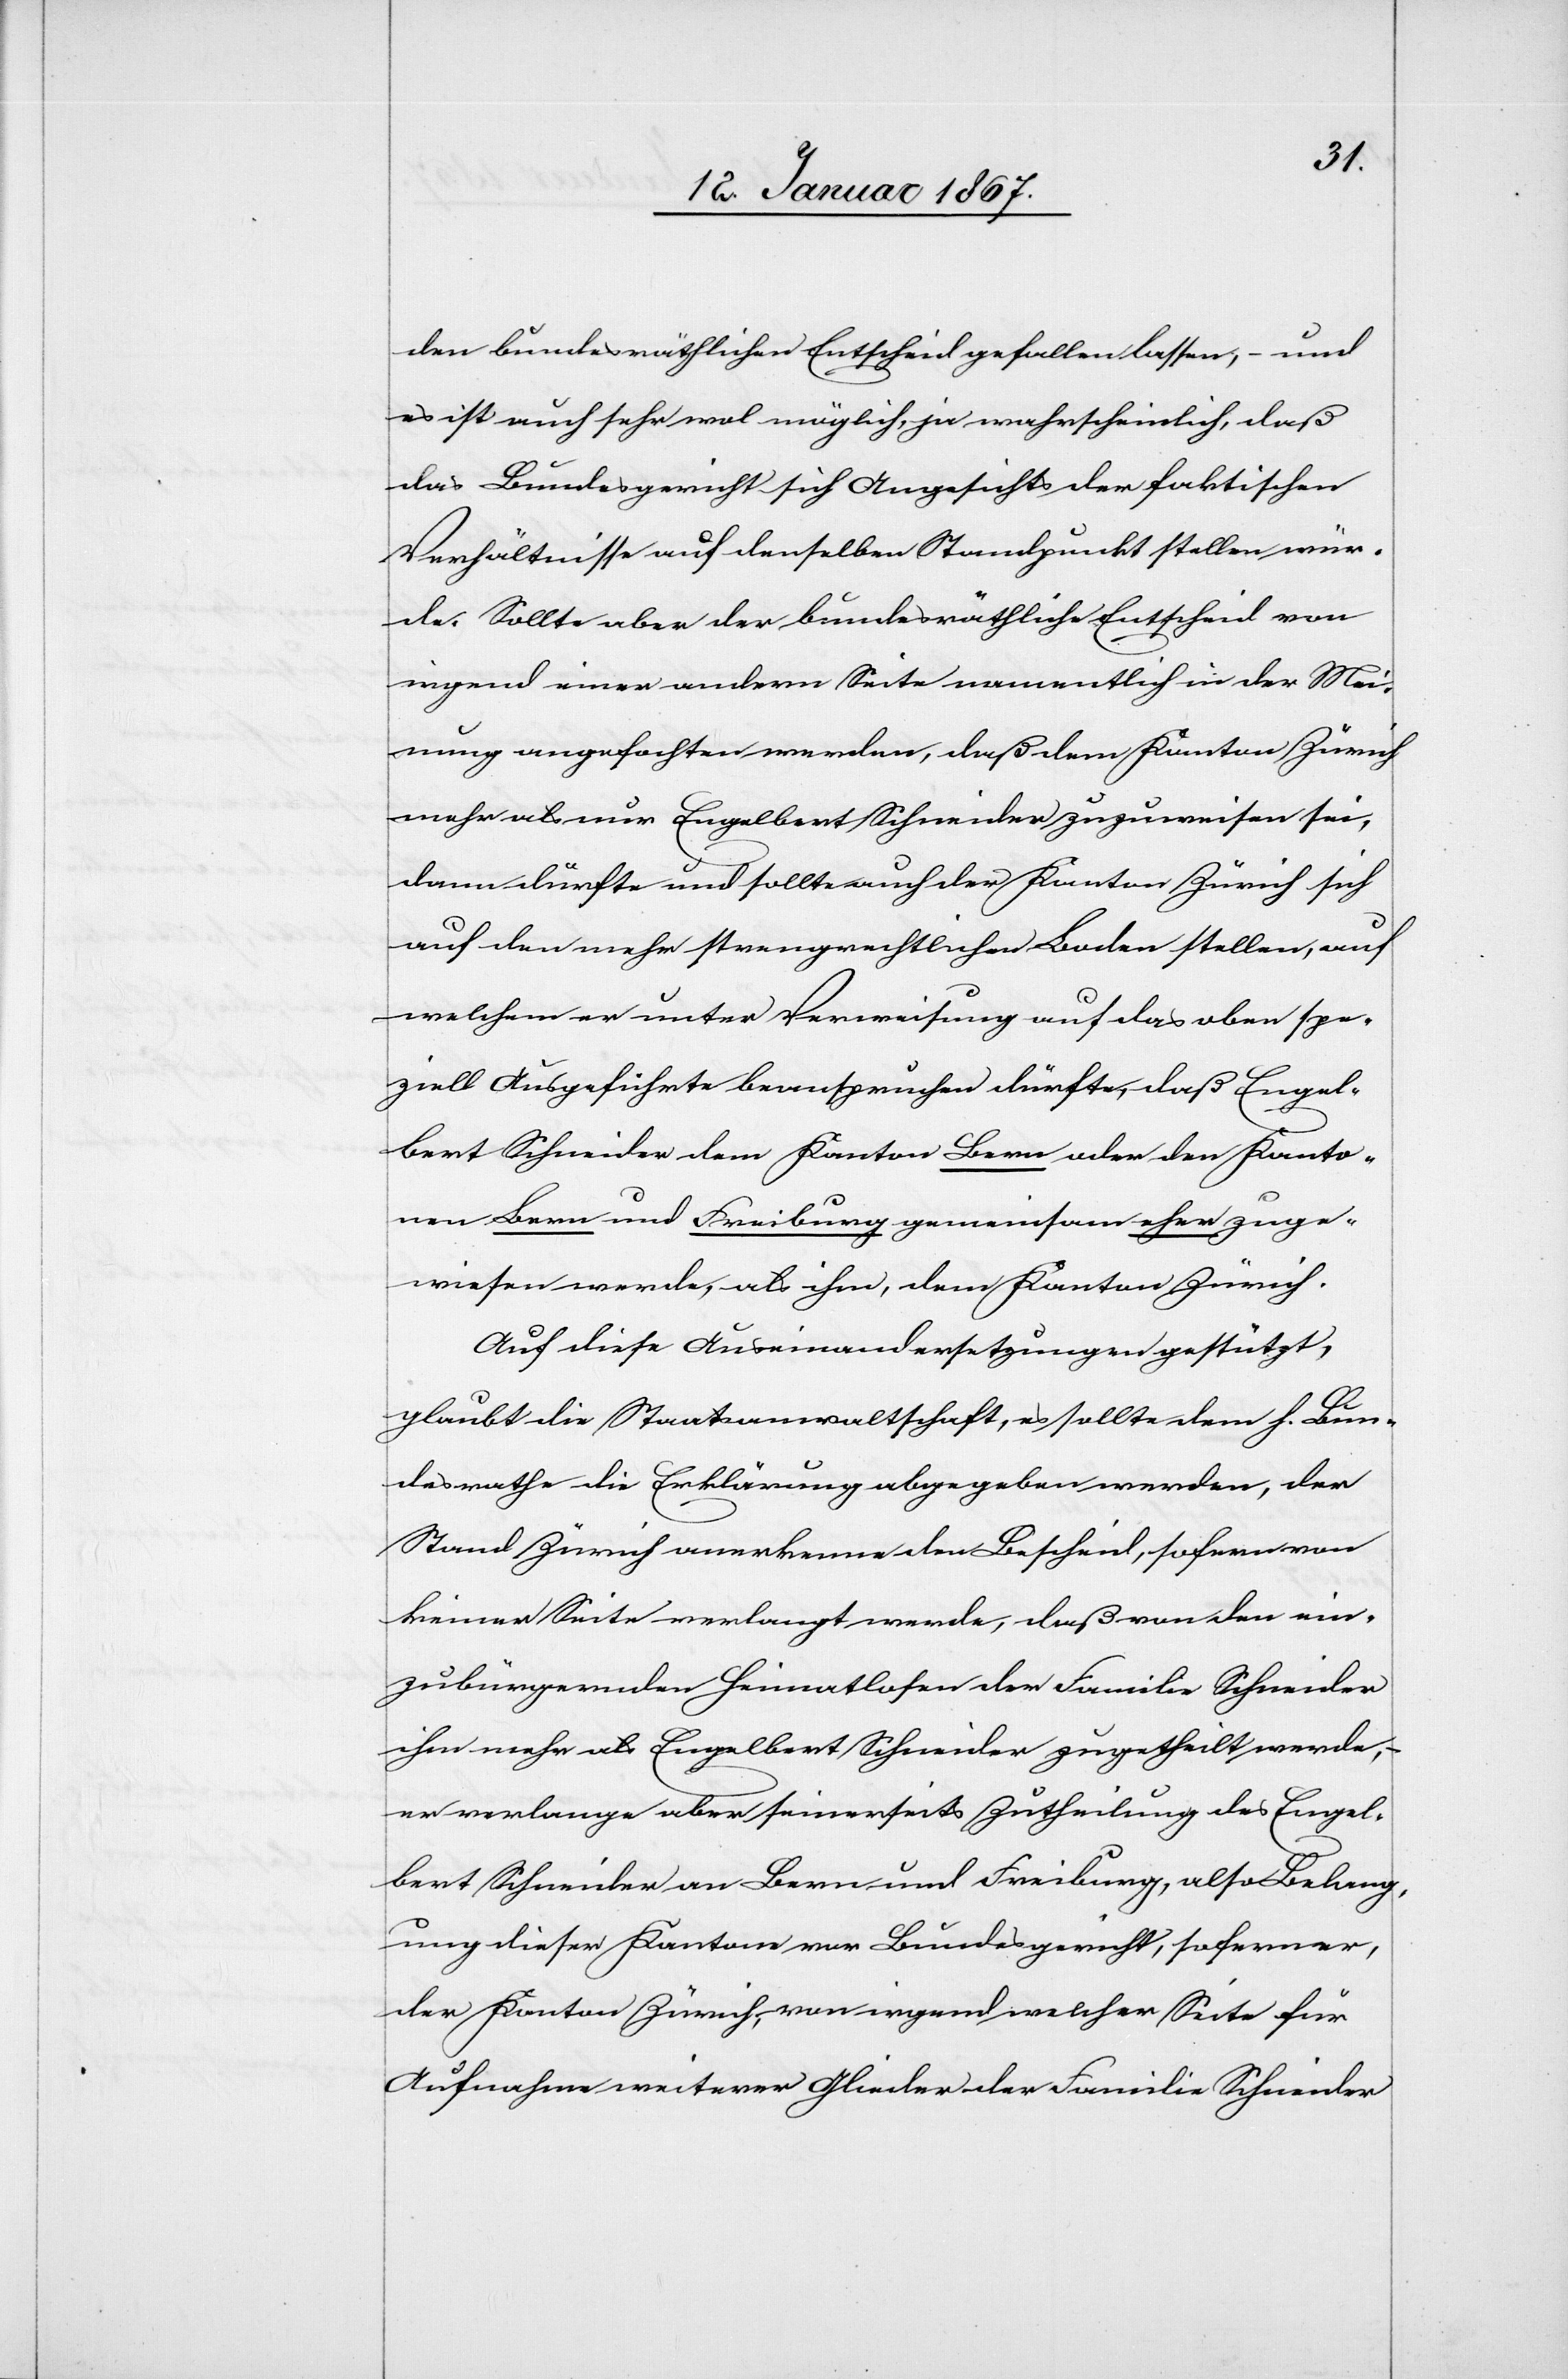
den bundesräthlichen Entscheid gefallen lassen, – und
es ist auch sehr wol möglich, ja wahrscheinlich, daß
das Bundesgericht sich Angesichts der faktischen
Verhältnisse auf denselben Standpunkt stellen wür¬
de. Sollte aber der bundesräthliche Entscheid von
irgend einer andern Seite namentlich in der Mei¬
nung angefochten werden, daß dem Kanton Zürich
mehr als nur Engelbert Schneider zuzuweisen sei,
dann dürfte und sollte auch der Kanton Zürich sich
auf den mehr strengrechtlichen Boden stellen, auf
welchen er unter Verweisung auf das oben spe¬
ziell Ausgeführte beanspruchen dürfte, daß Engel¬
bert Schneider dem Kanton Bern oder den Kanto¬
nen Bern und Freiburg gemeinsam eher zuge¬
wiesen werde, als ihm, dem Kanton Zürich.
Auf diese Auseinandersetzungen gestützt,
glaubt die Staatsanwaltschaft, es sollte dem h. Bun¬
desrathe die Erklärung abgegeben werden, der
Stand Zürich anerkenne den Bescheid, sofern von
keiner Seite verlangt werde, daß von den ein¬
zubürgernden Heimatlosen der Familie Schneider
ihm mehr als Engelbert Schneider zugetheilt werde,
er verlange aber seinerseits Zutheilung des Engel¬
bert Schneider an Bern und Freiburg, also Belang¬
ung dieser Kantone vor Bundesgericht, sofern er,
der Kanton Zürich, von irgend welcher Seite für
Aufnahme weiterer Glieder der Familie Schneider